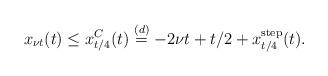
LaTeX: \begin{align*}x_{\nu t}(t)\leq x^C_{t/4}(t) \stackrel{(d)}{=} -2\nu t+t/2+x^{\rm step}_{t/4}(t).\end{align*}